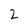
Character: 2